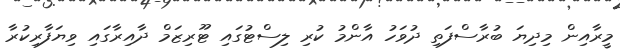
މީރާއިން މިދިޔަ ބުރާސްފަތި ދުވަހު އާންމު ކުރި ލިސްޓުގައި ޓޫރިޒަމް ދާއިރާގައި ވިޔަފާރިކުރާ